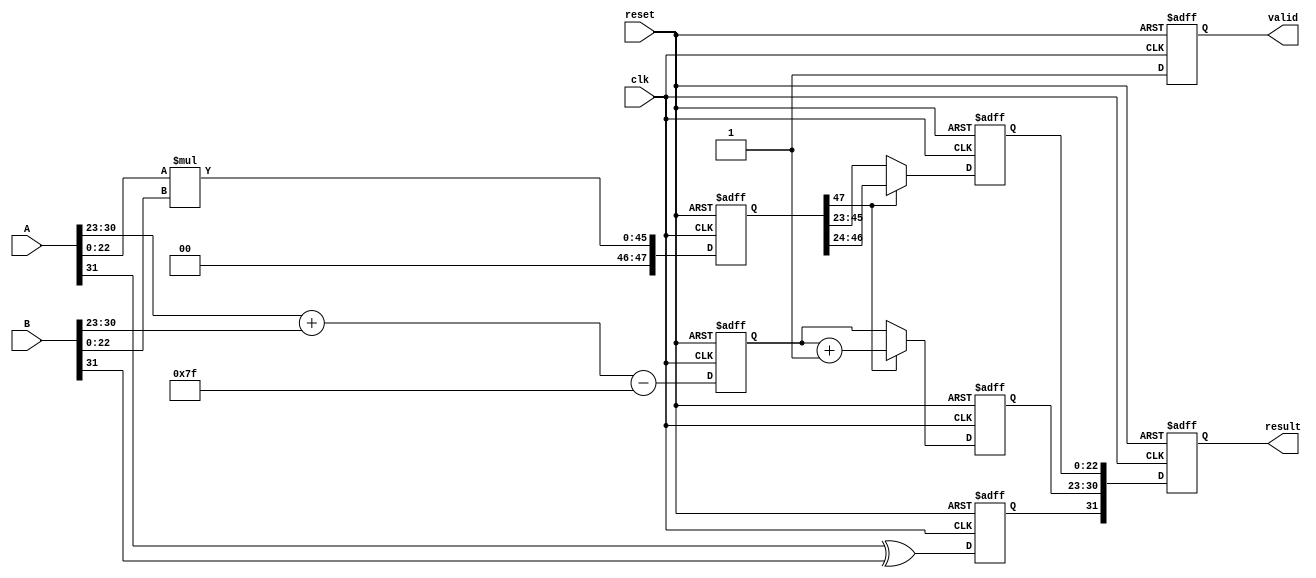
module pipelined_floating_point_multiplier (
    input clk,
    input reset,
    input [31:0] A,
    input [31:0] B,
    output reg [31:0] result,
    output reg valid
);

    // Components of the floating-point representation
    wire signA = A[31];
    wire signB = B[31];
    wire [7:0] expA = A[30:23];
    wire [7:0] expB = B[30:23];
    wire [22:0] mantA = {1'b1, A[22:0]}; // Implicit leading 1 for normalized numbers
    wire [22:0] mantB = {1'b1, B[22:0]};

    // Intermediate registers for pipeline stages
    reg sign;
    reg [7:0] exp;
    reg [47:0] mant; // 23 + 23 bits for mantissa multiplication
    reg [7:0] exp_out;
    reg [22:0] mant_out;

    // Pipeline stage 1: Sign Calculation
    always @(posedge clk or posedge reset) begin
        if (reset) begin
            sign <= 0;
        end else begin
            sign <= signA ^ signB; // XOR for sign
        end
    end

    // Pipeline stage 2: Exponent Calculation
    always @(posedge clk or posedge reset) begin
        if (reset) begin
            exp <= 0;
        end else begin
            exp <= expA + expB - 8'd127; // Add exponents and subtract bias
        end
    end

    // Pipeline stage 3: Mantissa Multiplication
    always @(posedge clk or posedge reset) begin
        if (reset) begin
            mant <= 0;
        end else begin
            mant <= mantA * mantB; // Multiplying mantissas
        end
    end

    // Pipeline stage 4: Normalization and Rounding
    always @(posedge clk or posedge reset) begin
        if (reset) begin
            exp_out <= 0;
            mant_out <= 0;
        end else begin
            if (mant[47]) begin
                // Normalization case: mantissa is too large
                mant_out <= mant[46:24]; // Shift right
                exp_out <= exp + 1; // Increment exponent
            end else begin
                // Already normalized
                mant_out <= mant[45:23];
                exp_out <= exp;
            end
        end
    end

    // Final assembly of the output
    always @(posedge clk or posedge reset) begin
        if (reset) begin
            result <= 0;
            valid <= 0;
        end else begin
            result <= {sign, exp_out, mant_out}; // Assemble the final result
            valid <= 1; // Indicate valid output
        end
    end

endmodule